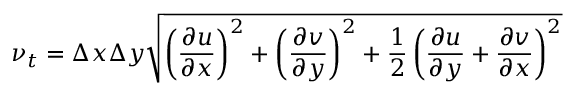
\nu _ { t } = \Delta x \Delta y { \sqrt { \left( { \frac { \partial u } { \partial x } } \right) ^ { 2 } + \left( { \frac { \partial v } { \partial y } } \right) ^ { 2 } + { \frac { 1 } { 2 } } \left( { \frac { \partial u } { \partial y } } + { \frac { \partial v } { \partial x } } \right) ^ { 2 } } }